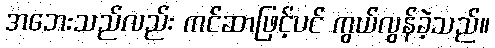
အဘေးသည်လည်း ကင်ဆာဖြင့်ပင် ကွယ်လွန်ခဲ့သည်။